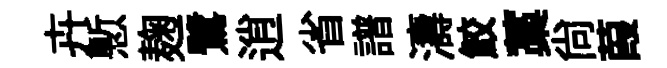
卉慙麹鷺逍省譜濤鮫藁尙葭